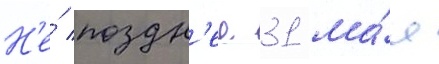
Н'е́ поздн'ее 31 ма́я